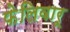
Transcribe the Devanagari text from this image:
फेलिवारू